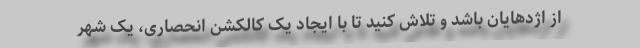
از اژدهایان باشد و تلاش کنید تا با ایجاد یک کالکشن انحصاری، یک شهر